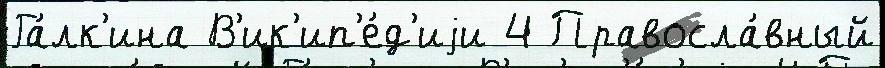
Га́лк'ина В'ик'ип'е́д'иjи 4 Правосла́вный